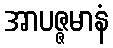
အာပဇ္ဇမာနံ